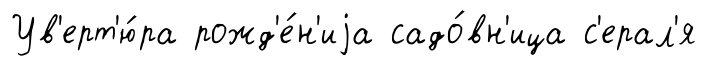
Ув'ерт'ю́ра рожд'е́н'иjа садо́вн'ица с'ерал'я